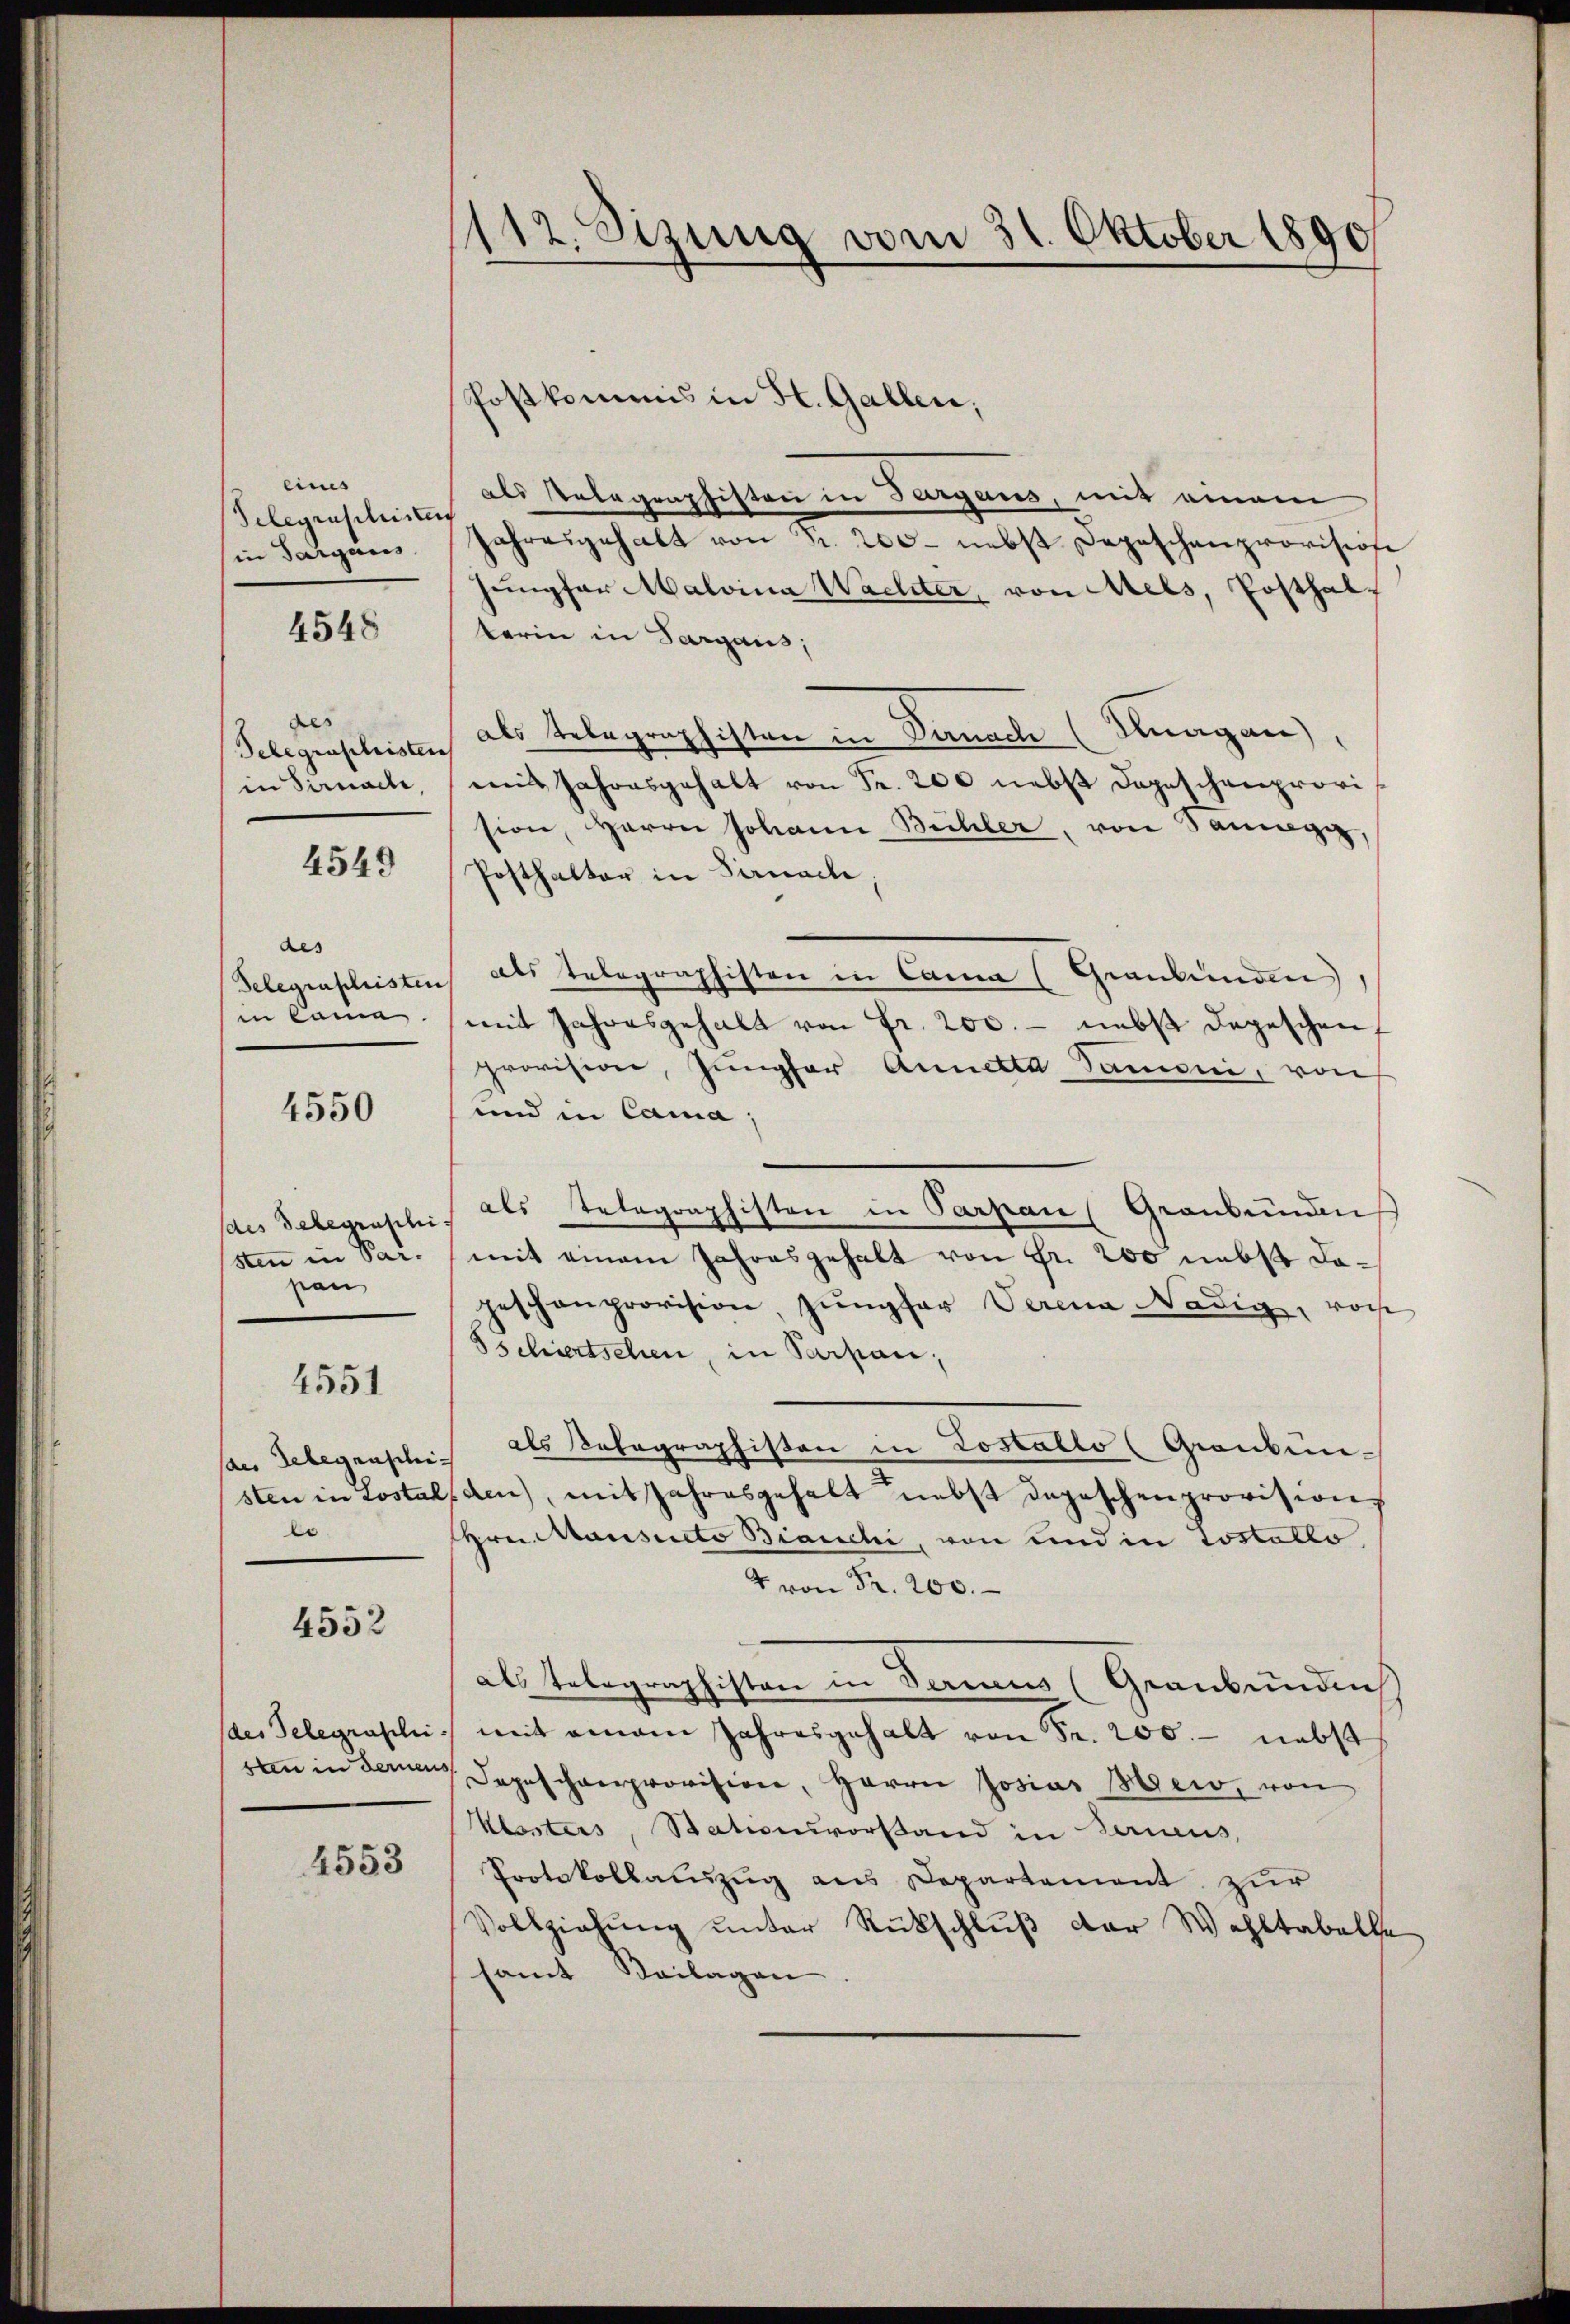
eines
Telegraschinters
in Sargaus

4548

des
Gelegenschristen
in Sirnache,

4549

aes
in komme.

4550

sten in Par-
sen

4551

e

4552

(des Telegraschi

4553

112. Sizung vom 31. Oktober 1890

schoskommis in St. Gallen,
als Telegraphisten in Sargans, mit einem
jahresgehalt von Fr. 200 - nebst Depeschanprovisose
jungfer Malvina Wachter, von Mels, Posthal
terin in Sargaus,
als Telegraphisten in Danach (Knagan),
mit Jahresgehalt von Fr. 200 nebst Depeschenprovision, Herrn Johann Bühler, von Sang,
Posthalter in Sirnach,
Telegraphisten des Telegraphisten in Cama (Graubünden
mit Jahresgehalt von Fr. 200. - nebst Depeschen
provision, Jungfer Annelta Samoni, von
und in Cama,
des Telegrasches als Telegraphisten in Parpan (Graubündniß
mit einem Jahresgehalt von Fr. 200 nebst dageschenprovision Jŭngfer Verena Nädig, vorh
Tschiertschen, in Parpan,
an Gelegenschich als Katagraphisten in Lostallo (Graubunsten in Lostalden, mit Jahresgehalt nebst Depeschenprovisions
Hrn. Mausieto Bianchi, von und in Loslaklo
 von Fr. 200.
als Telegraphisten in Bericus (Graubünden
 mit einem Jahresgehalt von Fr. 200. - nebst
ren in der Depeschenprovision, Herrn Josias sei, von
Klosters, Stationsvorstand in Bericus,
Protokollauszug aus Departement zur
Vollziehung unter Rückschluß der Wohltabelhe
samt Beilagen